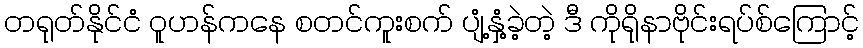
တရုတ်နိုင်ငံ ဝူဟန်ကနေ စတင်ကူးစက် ပျံ့နှံ့ခဲ့တဲ့ ဒီ ကိုရိုနာဗိုင်းရပ်စ်ကြောင့်